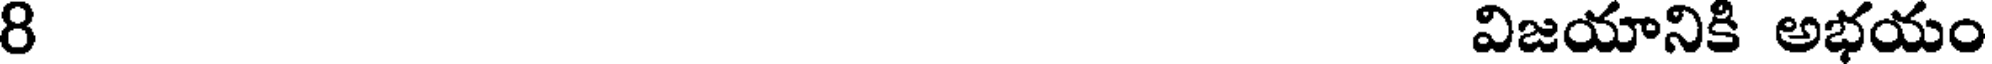
8 విజయానికి అభయం